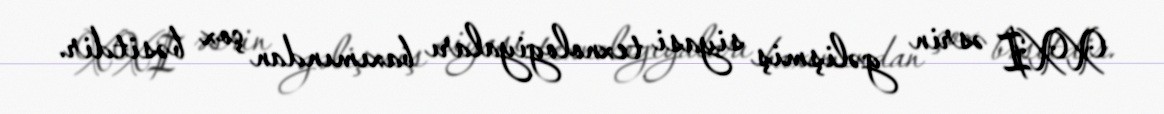
XXI əsrin gəlişmiş siyasi texnologiyaları baxımından çox bəsitdir.